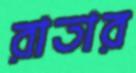
রাতার